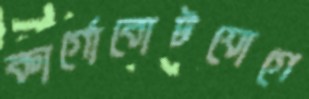
কার্গোবোটযোগে